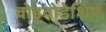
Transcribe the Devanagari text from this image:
वोइवोडेशिप